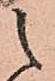
之